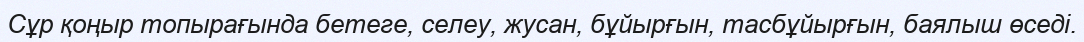
Сұр қоңыр топырағында бетеге, селеу, жусан, бұйырғын, тасбұйырғын, баялыш өседі.